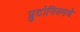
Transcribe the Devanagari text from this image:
प्लुटोनियमचे